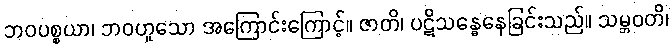
ဘဝပစ္စယာ၊ ဘဝဟူသော အကြောင်းကြောင့်။ ဇာတိ၊ ပဋိသန္ဓေနေခြင်းသည်။ သမ္ဘဝတိ၊